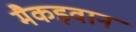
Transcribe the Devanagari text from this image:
मैकइवान